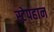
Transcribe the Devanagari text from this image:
स्टेपहान